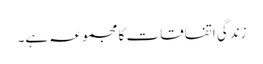
زندگی اتفاقات کا مجموعہ ہے۔